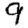
Digit: 9